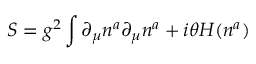
S = g ^ { 2 } \int \partial _ { \mu } n ^ { a } \partial _ { \mu } n ^ { a } + i \theta H ( n ^ { a } )